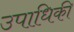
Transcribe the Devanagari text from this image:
उपाधिकी